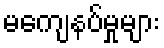
မကျေနပ်မှုများ